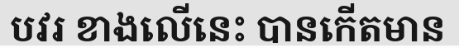
បវរ ខាងលើនេះ បានកើតមាន